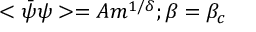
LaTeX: < \bar { \psi } \psi > = A m ^ { 1 / \delta } ; \beta = \beta _ { c }